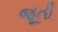
જૂતી